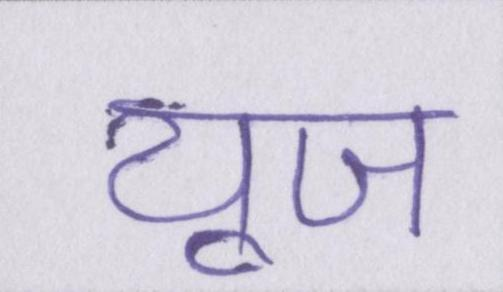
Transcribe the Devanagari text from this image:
यूज